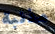
مذنبة